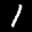
Label: 1